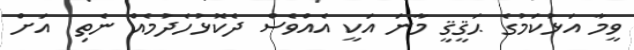
ވީމާ އަޅުކަމުގެ ޙަޤީޤީ މާނަ އަކީ އެއްވެސް ދެކޮޅުހެދުމެއް ނެތި  އަށް